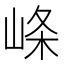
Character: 𡸇